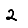
Digit: 2